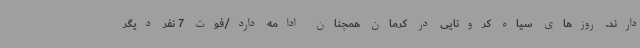
دارند. روزهای سیاه کرونایی در کرمان همچنان ادامه دارد/فوت 7 نفر دیگر